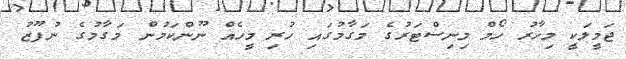
ޖަމީލަކީ މިހާރު ހޯމް މިނިސްޓަރުގެ މަގާމުގައި ހުރި މީހެއް ނޫންކަމުން މަގާމުގެ ނުފޫޒު